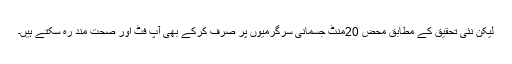
لیکن نئی تحقیق کے مطابق محض 20منٹ جسمانی سرگرمیوں پر صرف کرکے بھی آپ فٹ اور صحت مند رہ سکتے ہیں۔